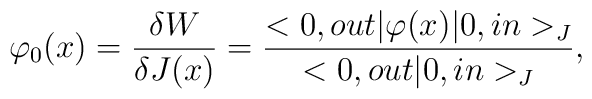
\varphi_{0}(x)=\frac{\delta W}{\delta J(x)}=\frac{<0, out|\varphi(x)|0, in >_{J}}{<0, out|0, in >_{J}},